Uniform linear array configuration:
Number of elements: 24
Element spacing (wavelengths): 0.75
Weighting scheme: binomial
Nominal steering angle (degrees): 60
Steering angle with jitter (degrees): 60.244
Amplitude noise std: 0.05
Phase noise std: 0.05

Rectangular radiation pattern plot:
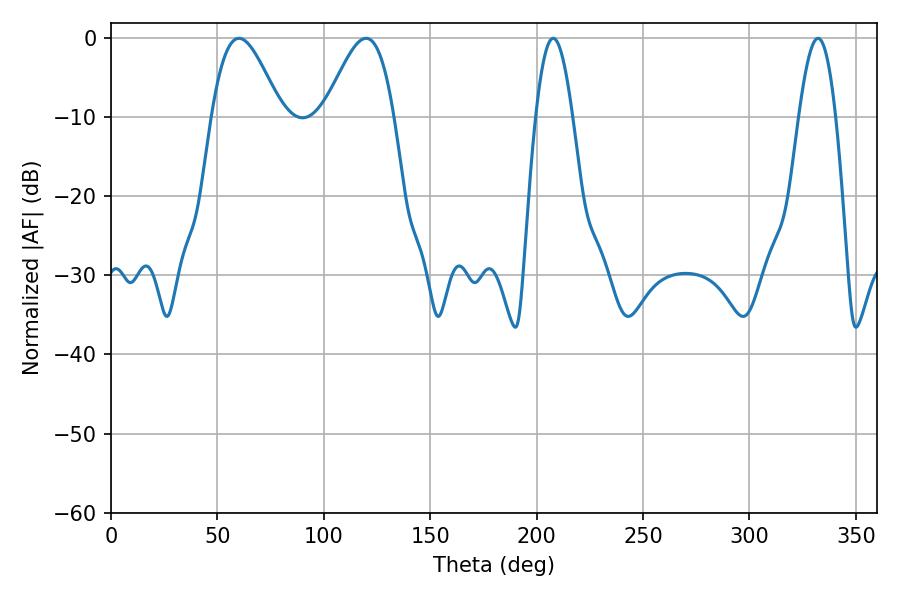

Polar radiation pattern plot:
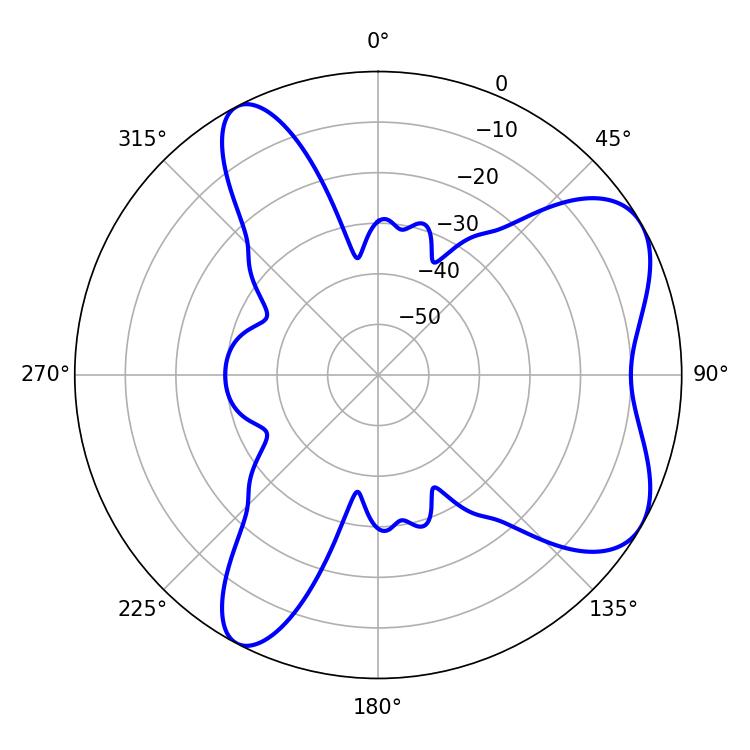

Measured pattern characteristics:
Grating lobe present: TRUE
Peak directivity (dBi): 6.492
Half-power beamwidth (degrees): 17.46
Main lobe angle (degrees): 60.12